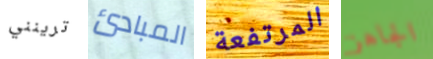
ترينني المبادئ المرتفعة الجاهز